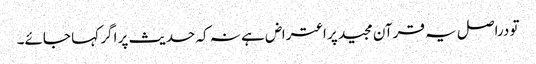
تو دراصل یہ قرآن مجید پر اعتراض ہے نہ کہ حدیث پر اگر کہا جائے۔